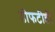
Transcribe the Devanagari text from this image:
डीफटीडी